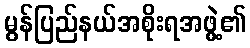
မွန်ပြည်နယ်အစိုးရအဖွဲ့၏